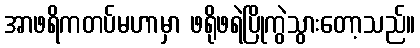
အာဖရိကတပ်မဟာမှာ ဖရိုဖရဲပြိုကွဲသွားတော့သည်။